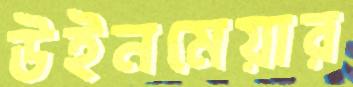
উইনমেয়ার